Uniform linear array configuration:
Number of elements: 32
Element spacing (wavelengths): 0.75
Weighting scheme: cosine
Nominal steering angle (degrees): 15
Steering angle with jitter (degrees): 13.157
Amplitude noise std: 0.05
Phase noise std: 0.05

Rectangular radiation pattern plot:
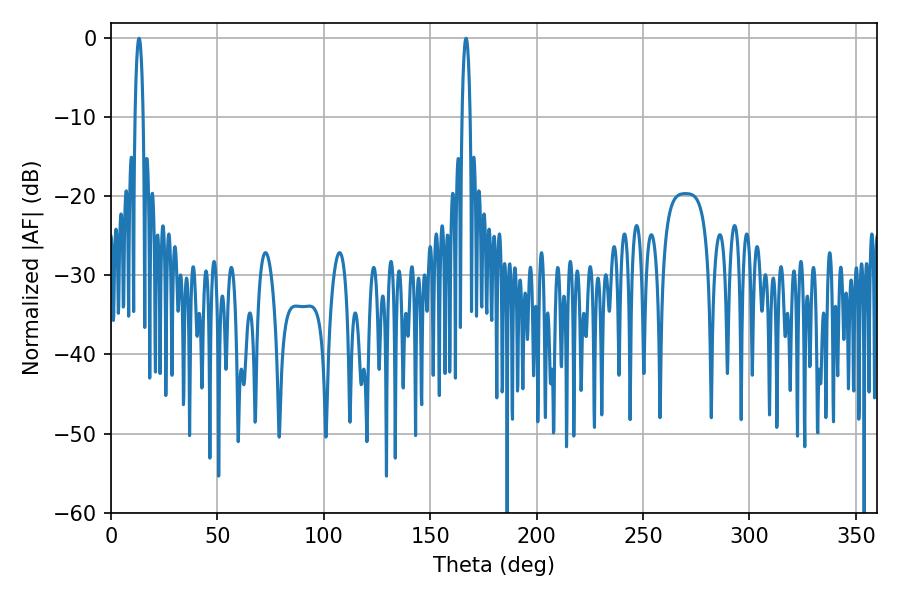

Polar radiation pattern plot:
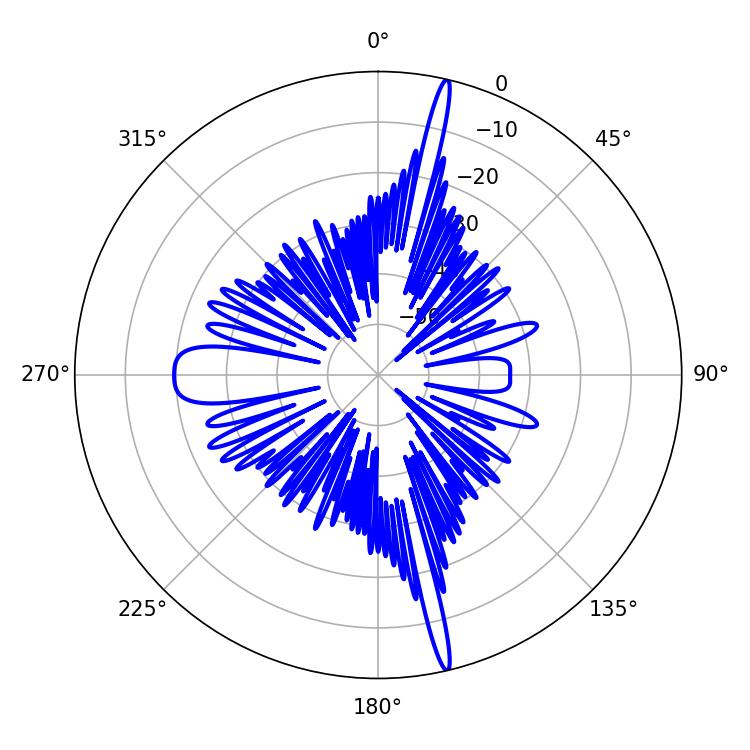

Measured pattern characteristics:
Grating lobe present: TRUE
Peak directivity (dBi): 21.027
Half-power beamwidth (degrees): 2.16
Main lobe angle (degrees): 166.86